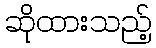
ဆိုထားသည့်